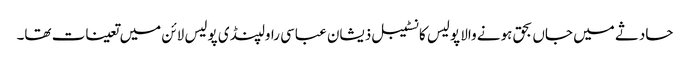
حادثے میں جاں بحق ہونے والا پولیس کانسٹیبل ذیشان عباسی راولپنڈی پولیس لائن میں تعینات تھا۔